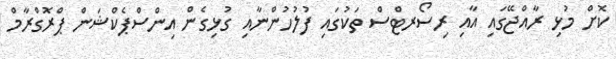
ކޮށް މުޅި ރާއްޖޭގައި އާއި ރިސޯރޓްސް ތަކުގައި ފުލުހުންނާއި ގުޅިގެން އިންސްޕެކްޝަން ޕްރޮގްރާމް